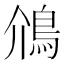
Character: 䲸